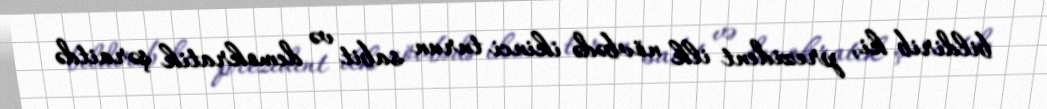
bildirib ki, prezident ilk növbədə ikinci turun sabit və demokratik şəraitdə